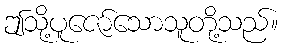
ဤသို့ပူဇော်သောသူတို့သည်။